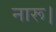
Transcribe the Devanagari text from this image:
नारू।